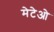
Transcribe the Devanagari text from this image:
मेटेओ